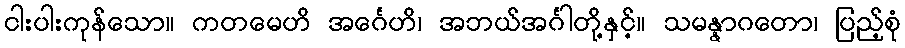
ငါးပါးကုန်သော။ ကတမေဟိ အင်္ဂေဟိ၊ အဘယ်အင်္ဂါတို့နှင့်။ သမန္နာဂတော၊ ပြည့်စုံ